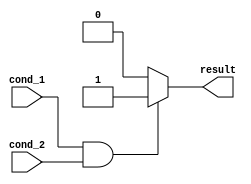
module if_else_example (
    input wire cond_1,
    input wire cond_2,
    output reg result
);

always @* begin
    if (cond_1 && cond_2) begin
        result = 1;
    end else begin
        result = 0;
    end
end

endmodule